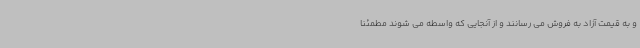
و به قیمت آزاد به فروش می رسانند و از آنجایی که واسطه می شوند مطمئنا